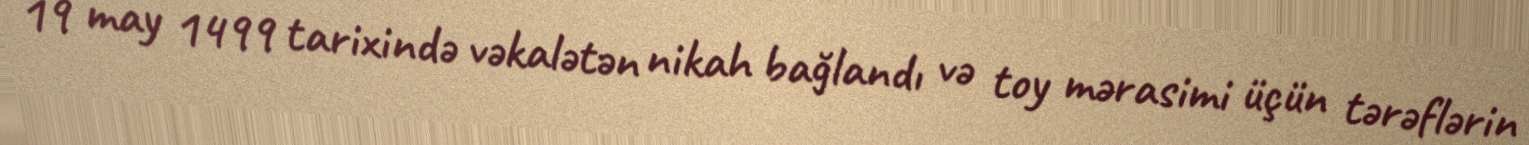
19 may 1499 tarixində vəkalətən nikah bağlandı və toy mərasimi üçün tərəflərin